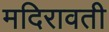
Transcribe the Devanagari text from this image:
मदिरावती